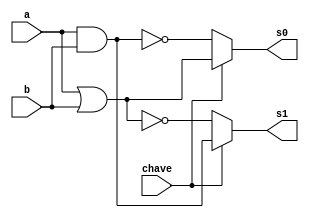
// --------------------- 
// Exercicio0033
// Nome: Marcio Enio G Dutra Junior 
// --------------------- 
 
// ------------------------- 
//  f4_gate 
// ------------------------- 
module f4 (output s0, output s1, input a, input b, input chave); 
	wire s2; 
	wire s3; 
	wire s4;
	wire s5;
	wire notchave;
	
	not(notchave, chave);
	or or1(s2, a, b);
	and and1(s3, a, b);
	nand nand1(s4, a, b);
	nor nor1(s5, a, b);

	assign s0 = chave? s2 : s4;
	assign s1 = chave? s3 : s5;

endmodule // f4 
 
module test_f4; 
// ------------------------- definir dados 
       reg x; 
       reg y; 
       wire z; 
		 wire w;
		 reg chave;
 
       f4 modulo (z, w, x, y, chave); 
 
// ------------------------- parte principal 
 
   initial begin 
         $display("Exemplo0033 - Marcio Enio G Dutra Junior - 441698"); 
         $display("Test LU's module"); 
			
			  chave = 1;
           x = 1'b0;       y = 1'b0; 
 
   // projetar testes do modulo 
   #1   $monitor("%3b %3b = %3b e %3b \tChave = %3b",x,y,z,w,chave); 
	#1	  chave = 0; 
	#1   x = 1'b0;  y = 1'b1; 
	#1	  chave = 1; 
	#1   x = 1'b1;  y = 1'b0;
	#1	  chave = 0; 
	#1   x = 1'b1;  y = 1'b1;
	#1	  chave = 1; 
 
   end 
 
endmodule // test_f4